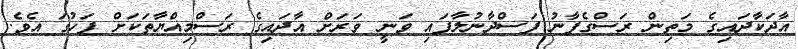
އާދަކާދައިގެ މަތިން ރަސްގެފާނު ފަސްދާނުލާފައި ވަނީ ވަރަށް އާދައިގެ ރަސްމިއްޔާތަކަށް ފަހުގަ އެވެ.